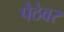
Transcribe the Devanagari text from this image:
पेठेवर